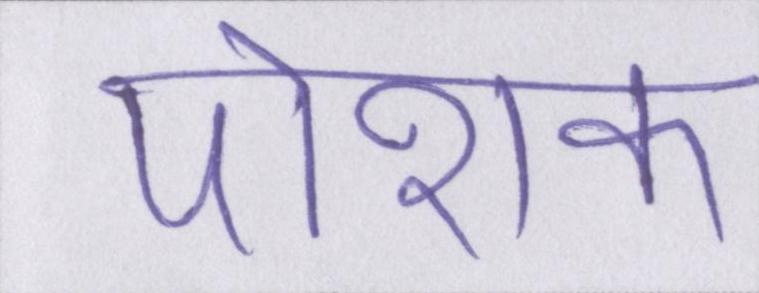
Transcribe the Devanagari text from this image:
पोशक